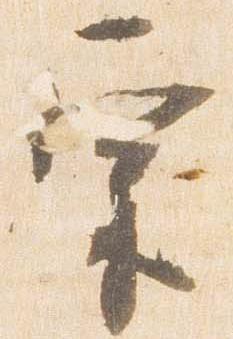
宗